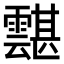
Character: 𩅾